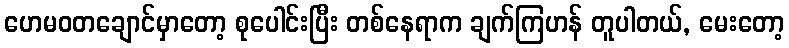
ဟေမဝတချောင်မှာတော့ စုပေါင်းပြီး တစ်နေရာက ချက်ကြဟန် တူပါတယ်, မေးတော့